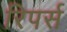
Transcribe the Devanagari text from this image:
रिपर्स